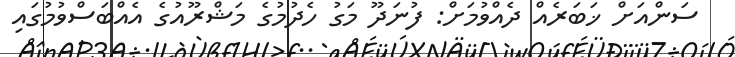
ސަންއަށް ޚަބަރެއް ދެއްވުމަށް: ފުނަދޫ މަގު ހެދުމުގެ މަޝްރޫއުގެ އެއްބަސްވުމުގައި